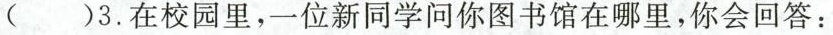
( )3.在校园里，一位新同学问你图书馆在哪里，你会回答：